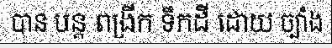
បាន បន្ត ពង្រីក ទឹកដី ដោយ ច្បាំង